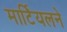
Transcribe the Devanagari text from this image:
मार्टियलने